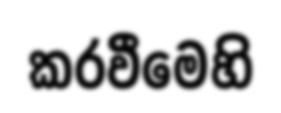
කරවීමෙහි